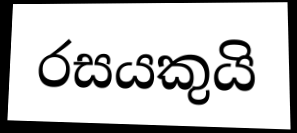
රසයකුයි